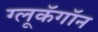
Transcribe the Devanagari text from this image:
ग्लूकॅगॉन